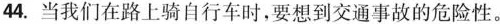
44.当我们在路上骑自行车时，要想到交通事故的危险性。